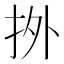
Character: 𢫑